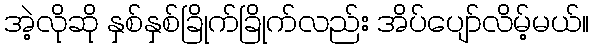
အဲ့လိုဆို နှစ်နှစ်ခြိုက်ခြိုက်လည်း အိပ်ပျော်လိမ့်မယ်။